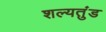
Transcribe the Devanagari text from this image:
शल्यतुंड